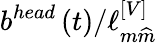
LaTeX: b^{head}\left(t\right)/\ell_{m\widehat{m}}^{\left[V\right]}